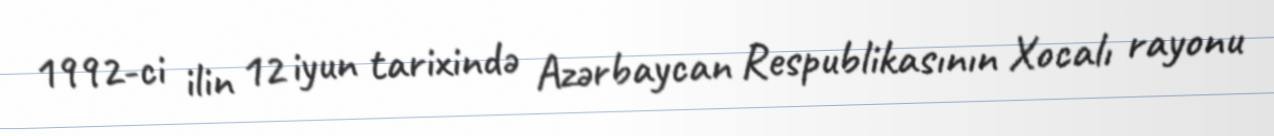
1992-ci ilin 12 iyun tarixində Azərbaycan Respublikasının Xocalı rayonu